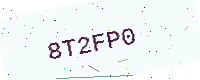
Text: 8T2FP0